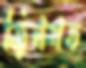
জিনগত